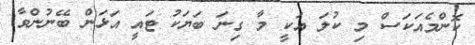
ކޮންމެއަކަސް މި ކުލަ އަކީ މާ ގިނަ ބަޔަކު ޓައީ އަޅަން ބޭނުންވާ